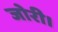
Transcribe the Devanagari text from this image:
जोरी।